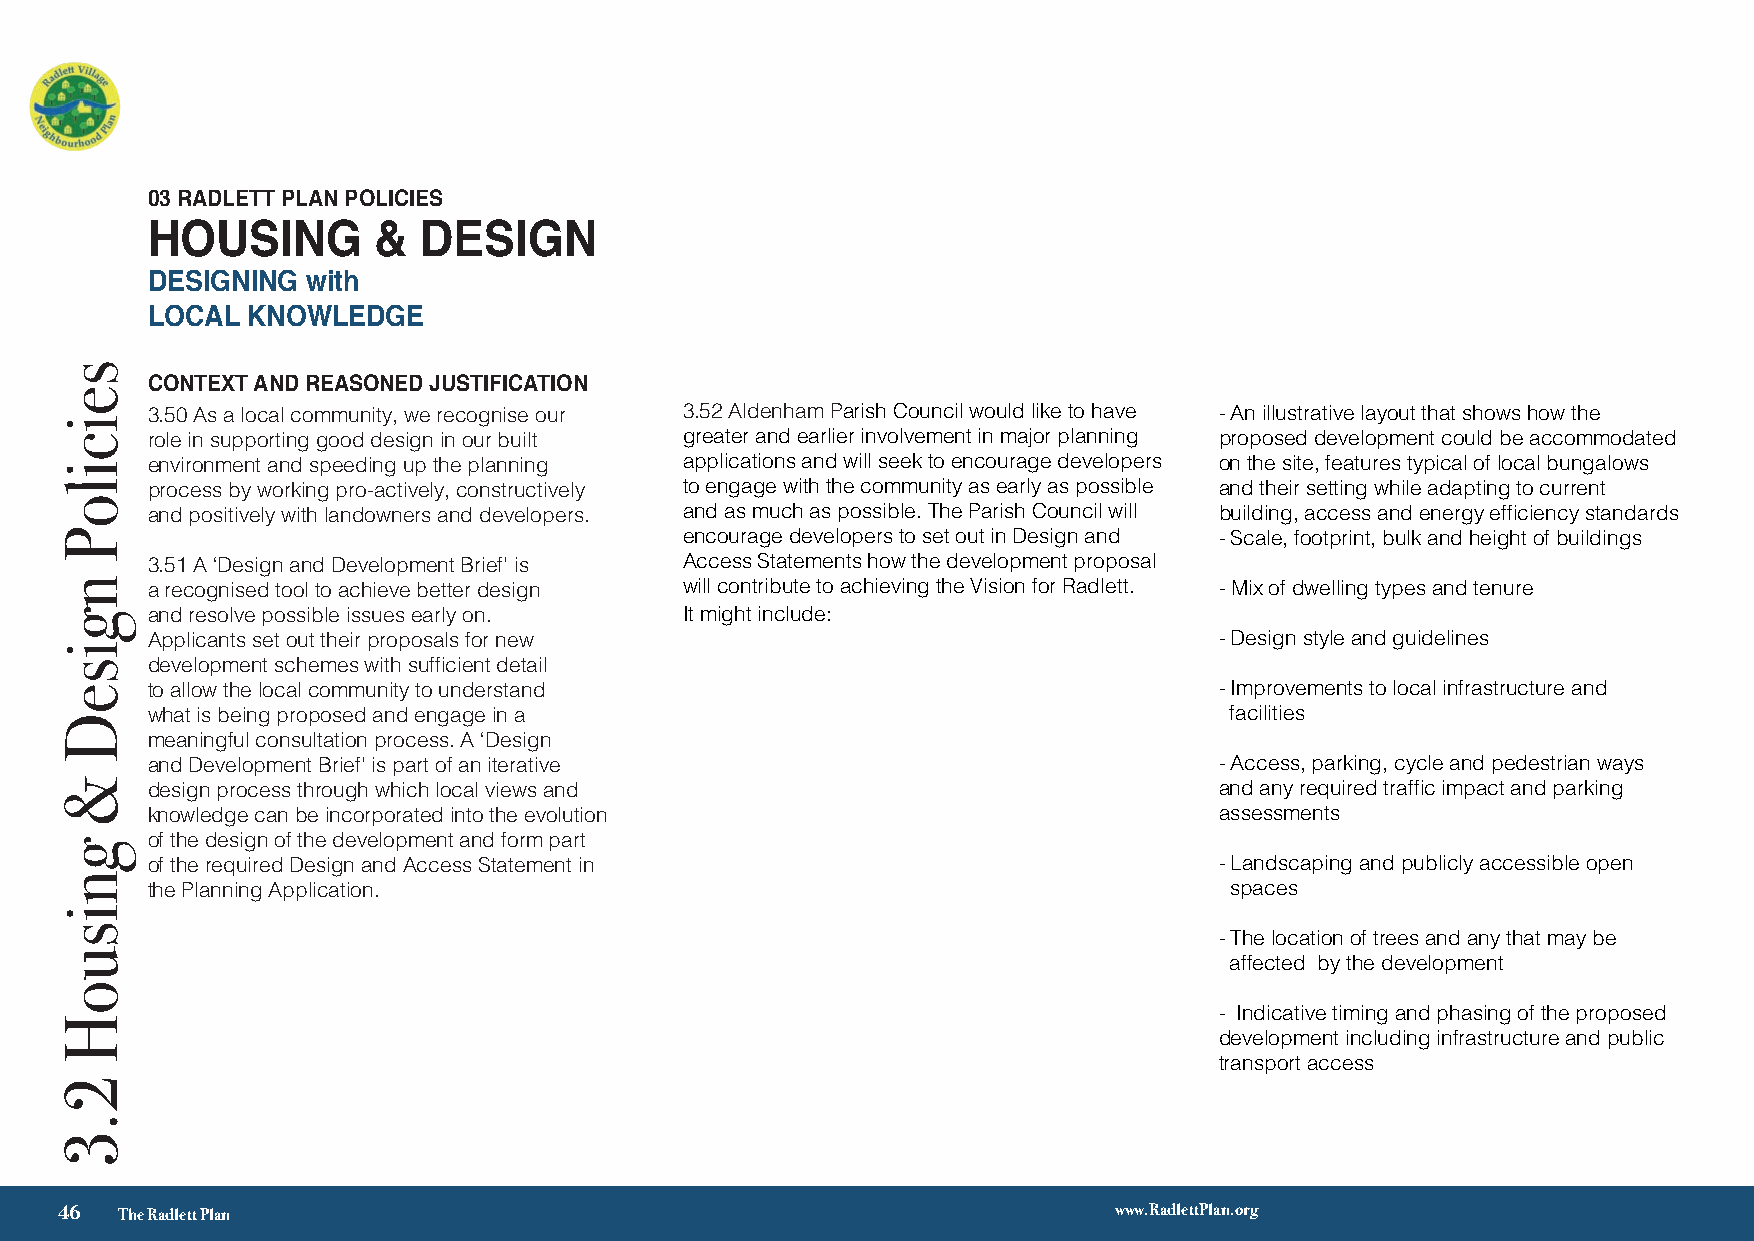
03 RADLETT PLAN POLICIES
 HOUSING        &  DESIGN
 DESIGNING with
 LOCAL KNOWLEDGE
 CONTEXT AND REASONED JUSTIFICATION
 3.50 As a local community, we recognise our 3.52 Aldenham Parish Council would like to have - An illustrative layout that shows how the
 role in supporting good design in our built greater and earlier involvement in major planning proposed development could be accommodated
 environment and speeding up the planning applications and will seek to encourage developers on the site, features typical of local bungalows
 process by working pro-actively, constructively to engage with the community as early as possible and their setting while adapting to current
 and positively with landowners and developers. and as much as possible. The Parish Council will building, access and energy efficiency standards
 encourage developers to set out in Design and - Scale, footprint, bulk and height of buildings
 3.51 A ‘Design and Development Brief’ is Access Statements how the development proposal
 a recognised tool to achieve better design will contribute to achieving the Vision for Radlett. - Mix of dwelling types and tenure
 and resolve possible issues early on. It might include:
 Applicants set out their proposals for new                             - Design style and guidelines
 development schemes with sufficient detail - A site map showing the location of the site and
 to allow the local community to understand its context within its immediate neighbourhood – - Improvements to local infrastructure and
 what is being proposed and engage in a including any areas of Green Belt, flood zones, facilities
 meaningful consultation process. A ‘Design the location of any protected habitats or species,
 and Development Brief’ is part of an iterative environment and heritage assets, landmark - Access, parking, cycle and pedestrian ways
 design process through which local views and buildings, views and other key site constraints and and any required traffic impact and parking
 knowledge can be incorporated into the evolution opportunities         assessments
 of the design of the development and form part
 of the required Design and Access Statement in - A statement of how the development proposal - Landscaping and publicly accessible open
 the Planning Application.          contributes to achieving Radlett Plan Objectives and spaces
 Vision
 - The location of trees and any that may be
 affected by the development
 - Indicative timing and phasing of the proposed
 development including infrastructure and public
 transport access
 √ 3
 46  The Radlett Plan                                                  www.RadlettPlan.org
 seiciloP
 ngiseD
 &
 gnisuoH
 2.3